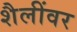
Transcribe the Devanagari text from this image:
शैलींवर